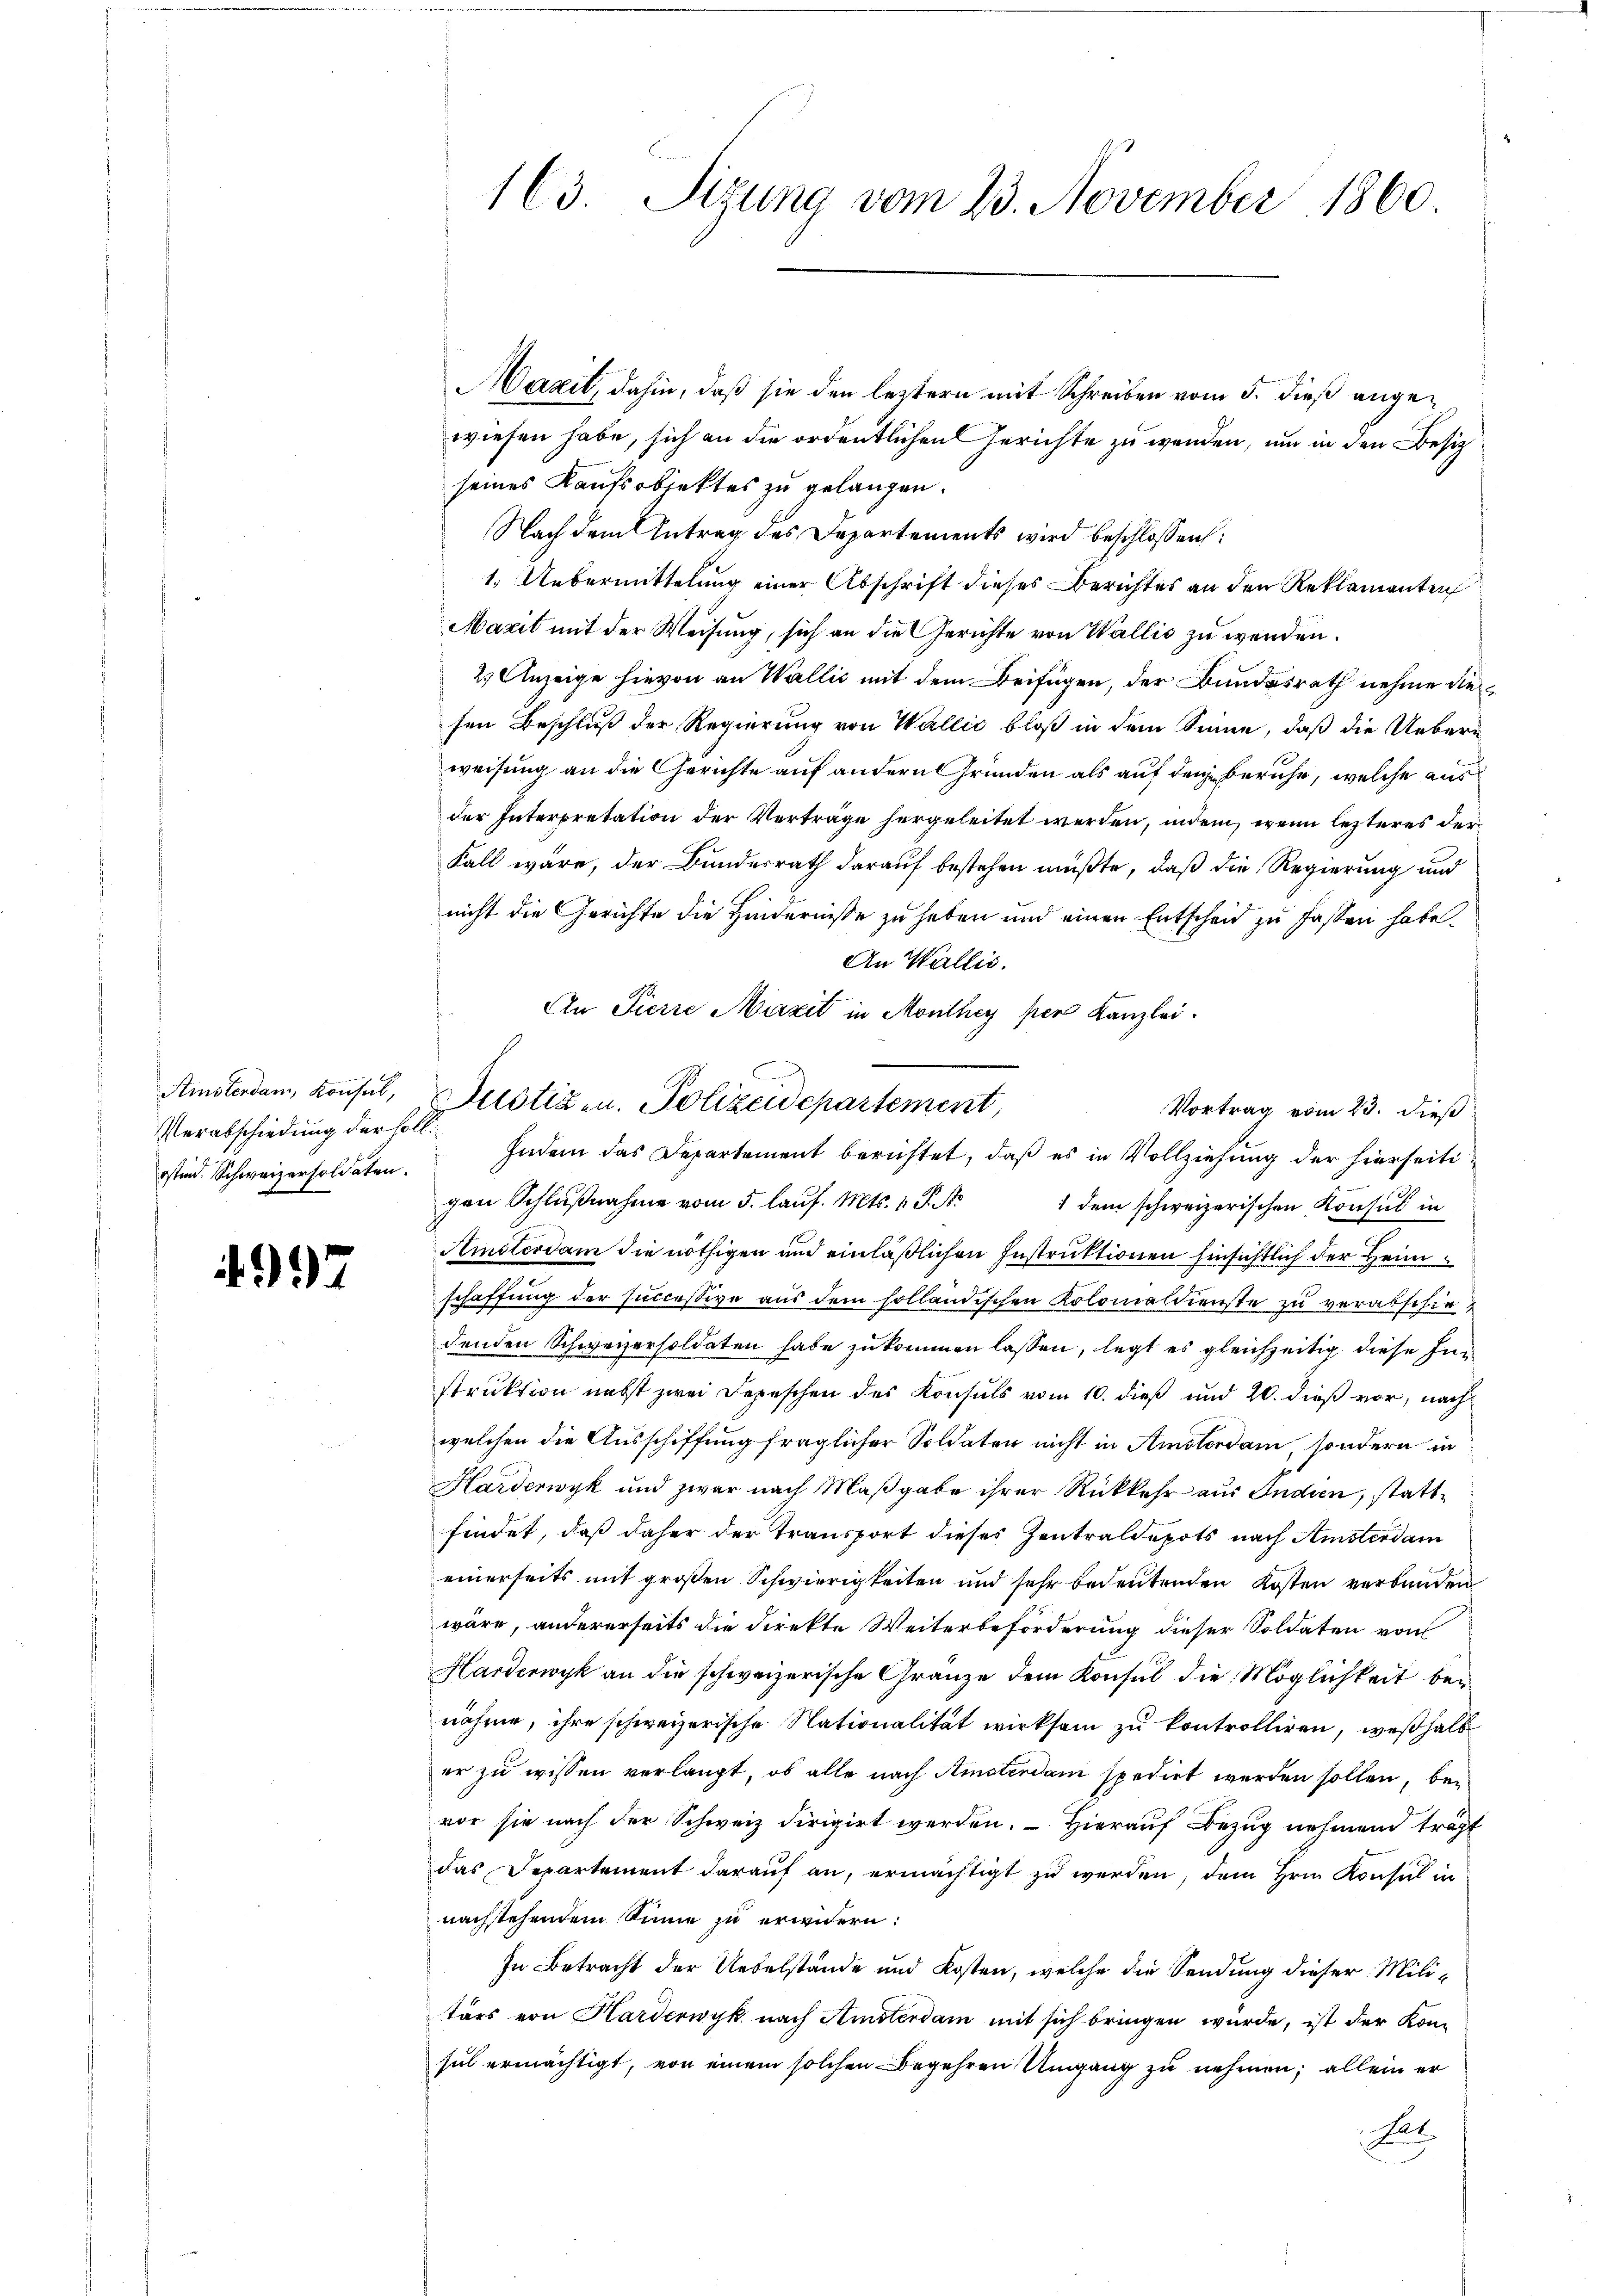
Verabschiedung der soll.
osten. Schweizersoldaten.

4997

163 Sizung vom 23. November 1860

Maxit, dahin, daß sie den leztern mit Schreiben vom 5. dieß angewiesen habe, sich an die ordentlichen Gerichte zu werden, um in den Besitz
seines Kaufsobjektes zu gelangen.
Nach dem Antrag des Departements wird beschlossen:
1. Uebermittelung einer Abschrift dieses Berichtes an den Reklamanten
Mazit mit der Weisung, sich an die Gerichte von Wallis zu werden.
2. Anzeige hievon an Wallić mit dem Beifügen, der Bundesrath nehme diesen Beschluß der Regierung von Wallić bloß in dem Sinne, daß die Uebern
weisung an die Gerichte auf andern Gründen als auf dene beruhe, welche aus
der Interpretation der Verträge hergeleitet werden, indem, wenn lezteres der¬
Fall wäre, der Bundesrath darauf bestehen müßte, daß die Regierung und
nicht die Gerichte die Hindernisse zu haben und einen Entscheid zu fassen habe.
An Wallis.
An Pierre Maxit in Monthey per Kanzlei.
Vortrag vom 23. dieß
gen Schlŭβnahme vom 5. laŭf. Mts. v. P. Nr. 1 dem schweizerischen Konsul in
Amsterdam die nöthigen und einläßlichen Instruktionen hinsichtlich der Heimschaffung der successive aus dem holländischen Kolomaldienste zu verabschiedenden Scheversoldaten habe zukommen lassen, legt es gleichzeitig diese Instruktion nebst zwei Depeschen des Konsuls vom 10. dieß und 20. dieß vor, nach
welchen die Ausschiffung fraglicher Soldaten nicht in Amsterdam, sondern in
Harderwyk und zwar nach Maßgabe ihrer Rückkehr aus Indien, stattfindet, daß daher der Transport dieses Zentraldepots nach Amsterdam
einerseits mit großen Schwierigkeiten und sehr bedeutenden Kosten verbunden
wäre, andererseits die Direkte Weiterbeförderung dieser Soldaten von
Harderwyk an die schweizerische Gränze dem Konsul die Möglichkeit benähme, ihre schweizerische Nationalität wirksam zu kontrolliren, weßhalb
er zu wissen verlangt, ob alle nach Amsterdam spedirt werden sollen, bevor sie nach der Schweiz dirigirt werden. Hierauf Bezug nehmend trägt
das Departement darauf an, ermächtigt zu werden, dem Hrn. Konsul in
nachstehendem Sinne zu erwidern:
In Betracht der Uebelstände und Kosten, welche die Sendung dieser Militärs von Harderwyk nach Amsterdam mit sich bringen würde, ist der Kon-
sul ermächtigt, von einem solchen Begehren Umgang zu nehmen; allein er
Not
n

Amsterdam, konsul, Bestigen. Polizeidepartement

Indem das Departement berichtet, daß es in Vollziehung der hierseiti¬